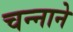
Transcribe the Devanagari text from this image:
चन्‍नाने